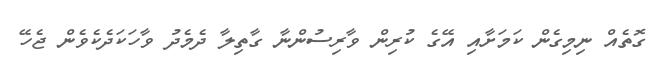
ގޮތެއް ނިމިގެން ކަމަށާއި އޭގެ ކުރިން ވާރިސުންނާ ގާތިލާ ދެމެދު ވާހަކަދެކެވެން ޖެހޭ